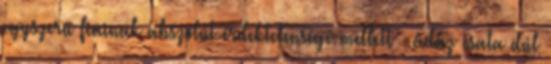
egyszerű fiainak abszolút érdektelensége mellett – ádáz csata dúl